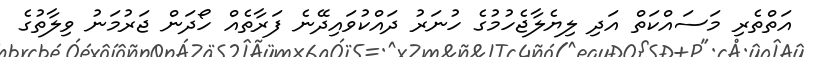
އަތްތެރި މަސައްކަތް އަދި ލިޔެލާޖެހުމުގެ ހުނަރު ދައްކުވައިދޭނެ ފަރާތެއް ހޯދަން ޖަރުމަނު ވިލާތުގެ